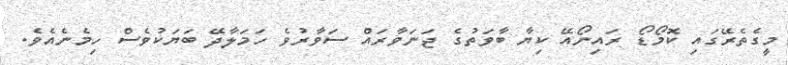
މީގެތެރޭގައި ކޮމޯޑޯ ރައިނޯއޭ ކިޔާ ބާވަތުގެ ޖަނަވާރައް ސަވާރުވެ ހަމަލާދޭ ބަޔަކުވެސް ހިމެނެއެވެ.